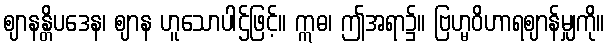
ဈာနန္တိပဒေန၊ ဈာန ဟူသောပါဌ်ဖြင့်။ ဣဓ၊ ဤအရာ၌။ ဗြဟ္မဝိဟာရဈာန်မျှကို။